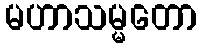
မဟာသမ္မတော